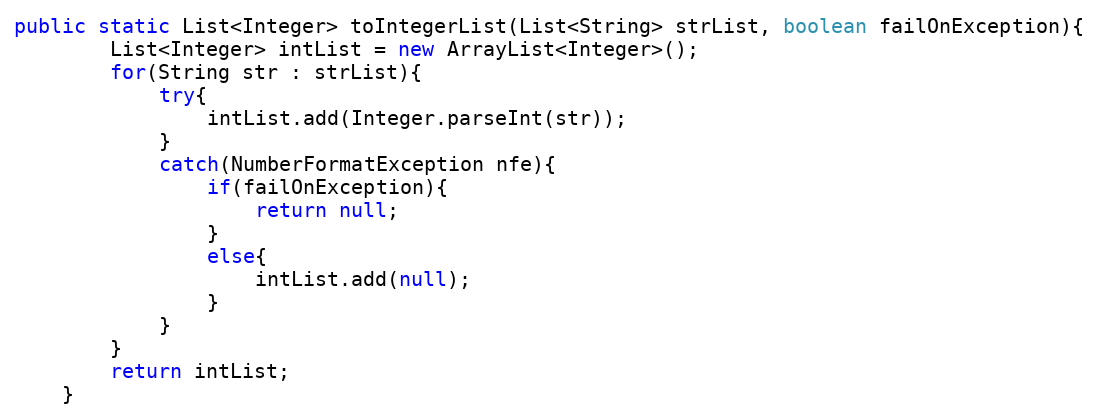
Language: Java
public static List<Integer> toIntegerList(List<String> strList, boolean failOnException){
		List<Integer> intList = new ArrayList<Integer>();
		for(String str : strList){
			try{
				intList.add(Integer.parseInt(str));
			}
			catch(NumberFormatException nfe){
				if(failOnException){
					return null;
				}
				else{
					intList.add(null);
				}
			}
		}
		return intList;
	}